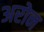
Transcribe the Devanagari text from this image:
अरोन